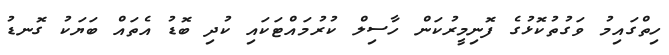
ހިތްގައިމު ވަގުތުކޮޅުގެ ފޮނިމީރުކަން ހާސިލް ކުރުމައްޓަކައި ކުދި ބޮޑު އެތައް ބަޔަކު ގޮނޑު